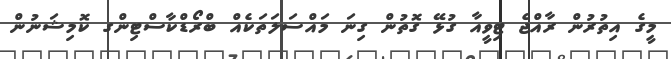
މީގެ އިތުރުން ރާއްޖެ ޓިވީއާ ގުޅޭ ގޮތުން ގިނަ މައްސަލަތަކެއް ބްރޯޑްކާސްޓިންގ ކޮމިޝަނުން